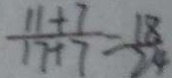
\frac { 1 1 + 7 } { 1 7 + 7 } = \frac { 1 8 } { 2 4 }